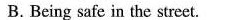
B. Being safe in the street.